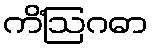
ကိံဩဂဓာ